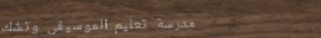
مدرسة تعليم الموسيقى وتشك